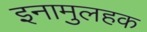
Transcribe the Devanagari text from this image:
इनामुलहक